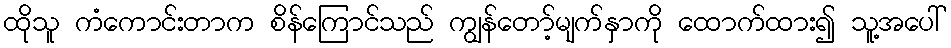
ထိုသူ ကံကောင်းတာက စိန်ကြောင်သည် ကျွန်တော့်မျက်နှာကို ထောက်ထား၍ သူ့အပေါ်